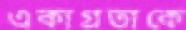
একাগ্রতাকে